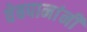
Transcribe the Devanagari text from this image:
वेबपानांनी